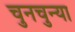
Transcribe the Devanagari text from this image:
चुनचुन्या